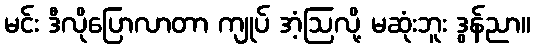
မင်း ဒီလိုပြောလာတာ ကျုပ် အံ့ဩလို့ မဆုံးဘူး ဒွန်ညာ။